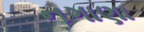
નગાણા